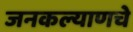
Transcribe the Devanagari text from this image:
जनकल्याणचे